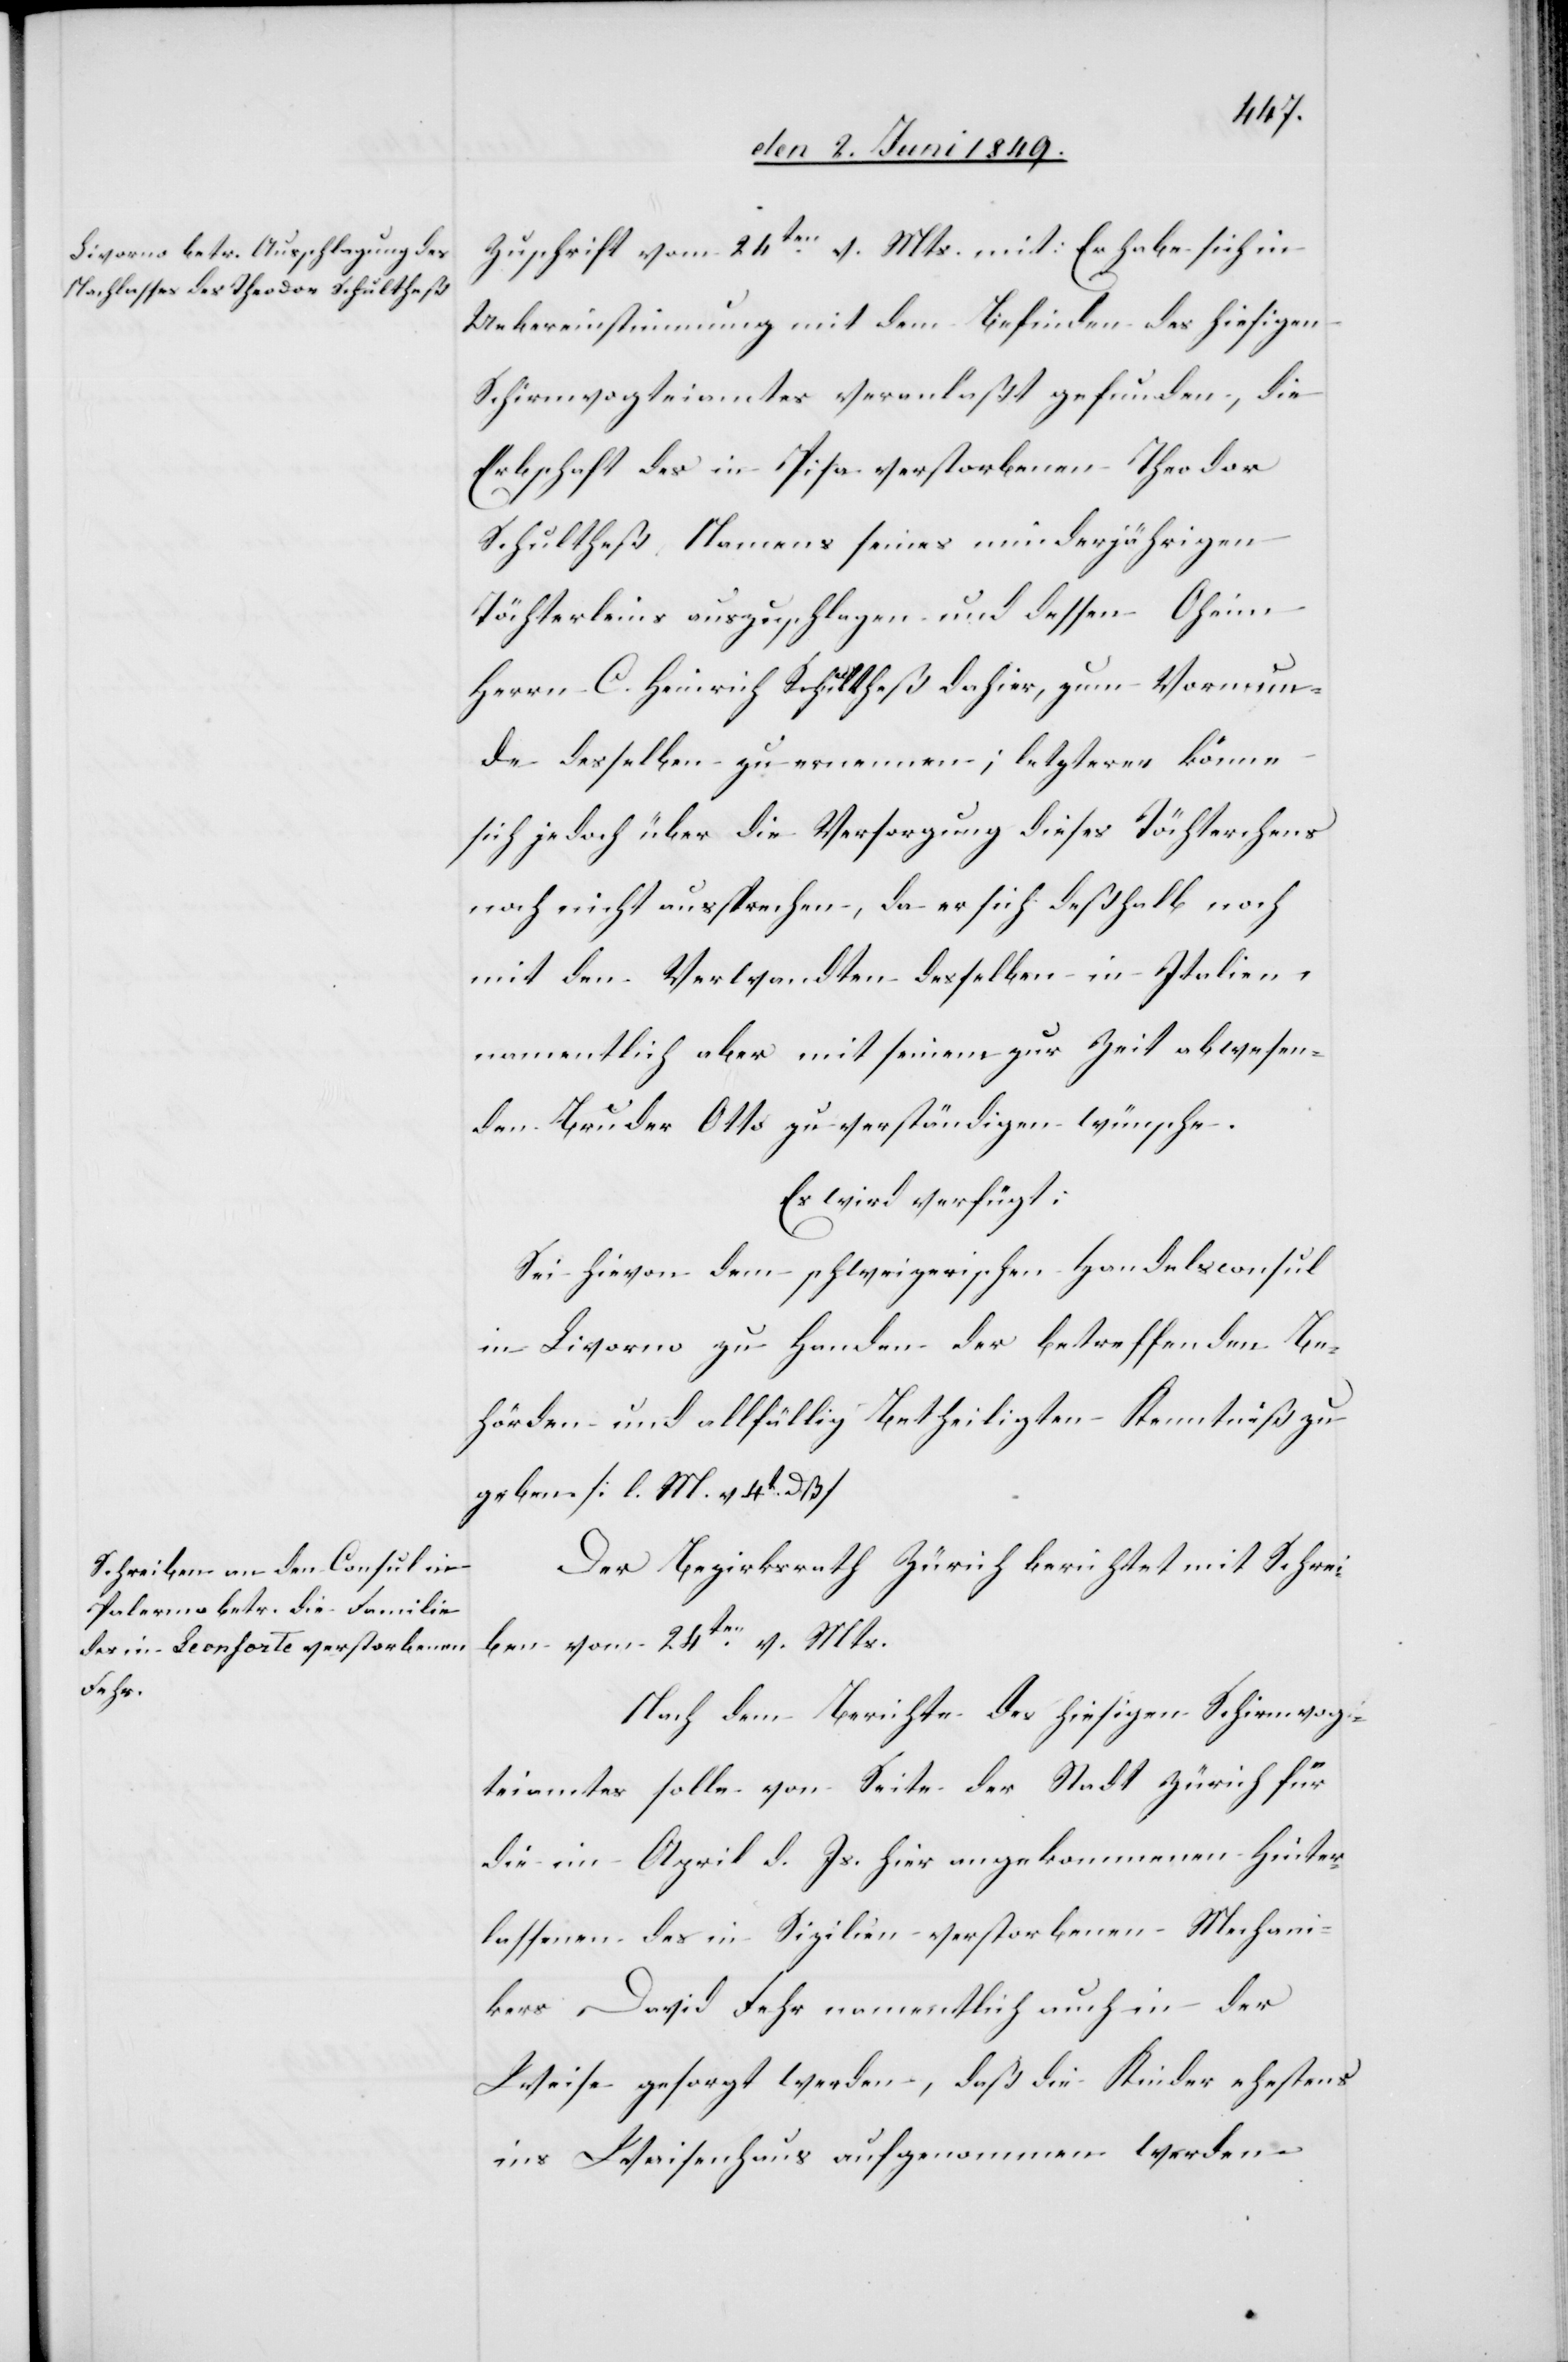
den 3. Juni 1849.]
Zuschrift vom 24ten v. Mts. mit: Er habe sich in
Uebereinstimmung mit dem Befinden des hiesigen
Schirmvogteiamtes veranlaßt gefunden, die
Erbschaft des in Pisa verstorbenen Theodor
Schultheß Namens seines minderjährigen
Töchterleins auszuschlagen und dessen Oheim
Herrn C. Heinrich Schultheß dahier, zum Vormun¬
de desselben zu ernennen; letzteren [recte:
sich jedoch über die Versorgung dieses Töchterchens
noch nicht aussprechen, da er sich deßhalb noch
mit den Verwandten desselben in Italien,
namentlich aber mit seinem zur Zeit abwesen¬
den Bruder Otto zu verständigen wünsche.
Es wird verfügt:
Sei hievon dem schweizerischen Handelsconsul
in Livorno zu Handen der betreffenden Be¬
hörden und allfällig Betheiligten Kenntniß zu
geben [l. M. v. 4t dß][.]
Der Bezirksrath Zürich berichtet mit Schrei¬
ben vom 24ten v. Mts.
Nach dem Berichte des hiesigen Schirmvog¬
teiamtes solle von Seite der Stadt Zürich für
die im April d. Js. hier angekommenen Hinter¬
lassenen des in Sizilien verstorbenen Mechani¬
kers David Fehr namentlich auch in der
Weise gesorgt werden, daß die Kinder ehestens
ins Waisenhaus aufgenommen werden